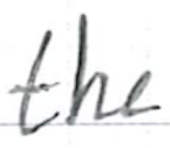
Text: the
Cross-out: clean
Writing tool: ballpoint